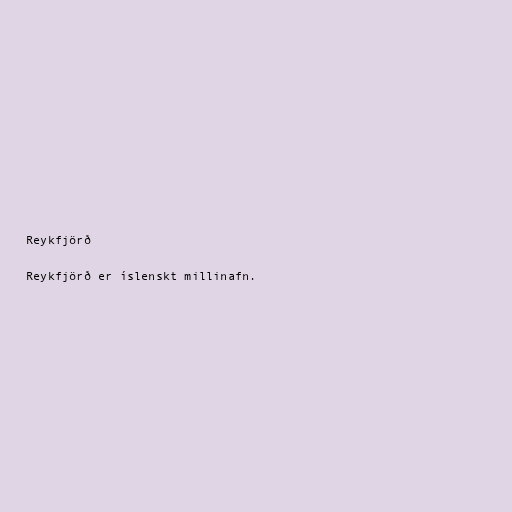
Reykfjörð

Reykfjörð er íslenskt millinafn.